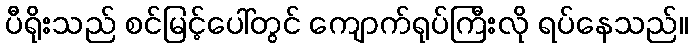
ပီရိုးသည် စင်မြင့်ပေါ်တွင် ကျောက်ရုပ်ကြီးလို ရပ်နေသည်။